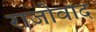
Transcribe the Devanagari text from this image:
राजोवाद